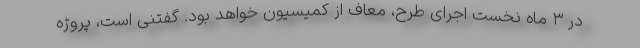
در ۳ ماه نخست اجرای طرح، معاف از کمیسیون خواهد بود. گفتنی است، پروژه